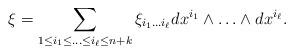
LaTeX: \begin{align*}\xi = \sum_{1 \leq i_1 \leq \ldots \leq i_\ell \leq n+k} \xi_{i_1\ldots i_\ell} dx^{i_1} \wedge \ldots \wedge dx^{i_\ell}.\end{align*}